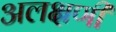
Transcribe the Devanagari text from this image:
अलक्षणी